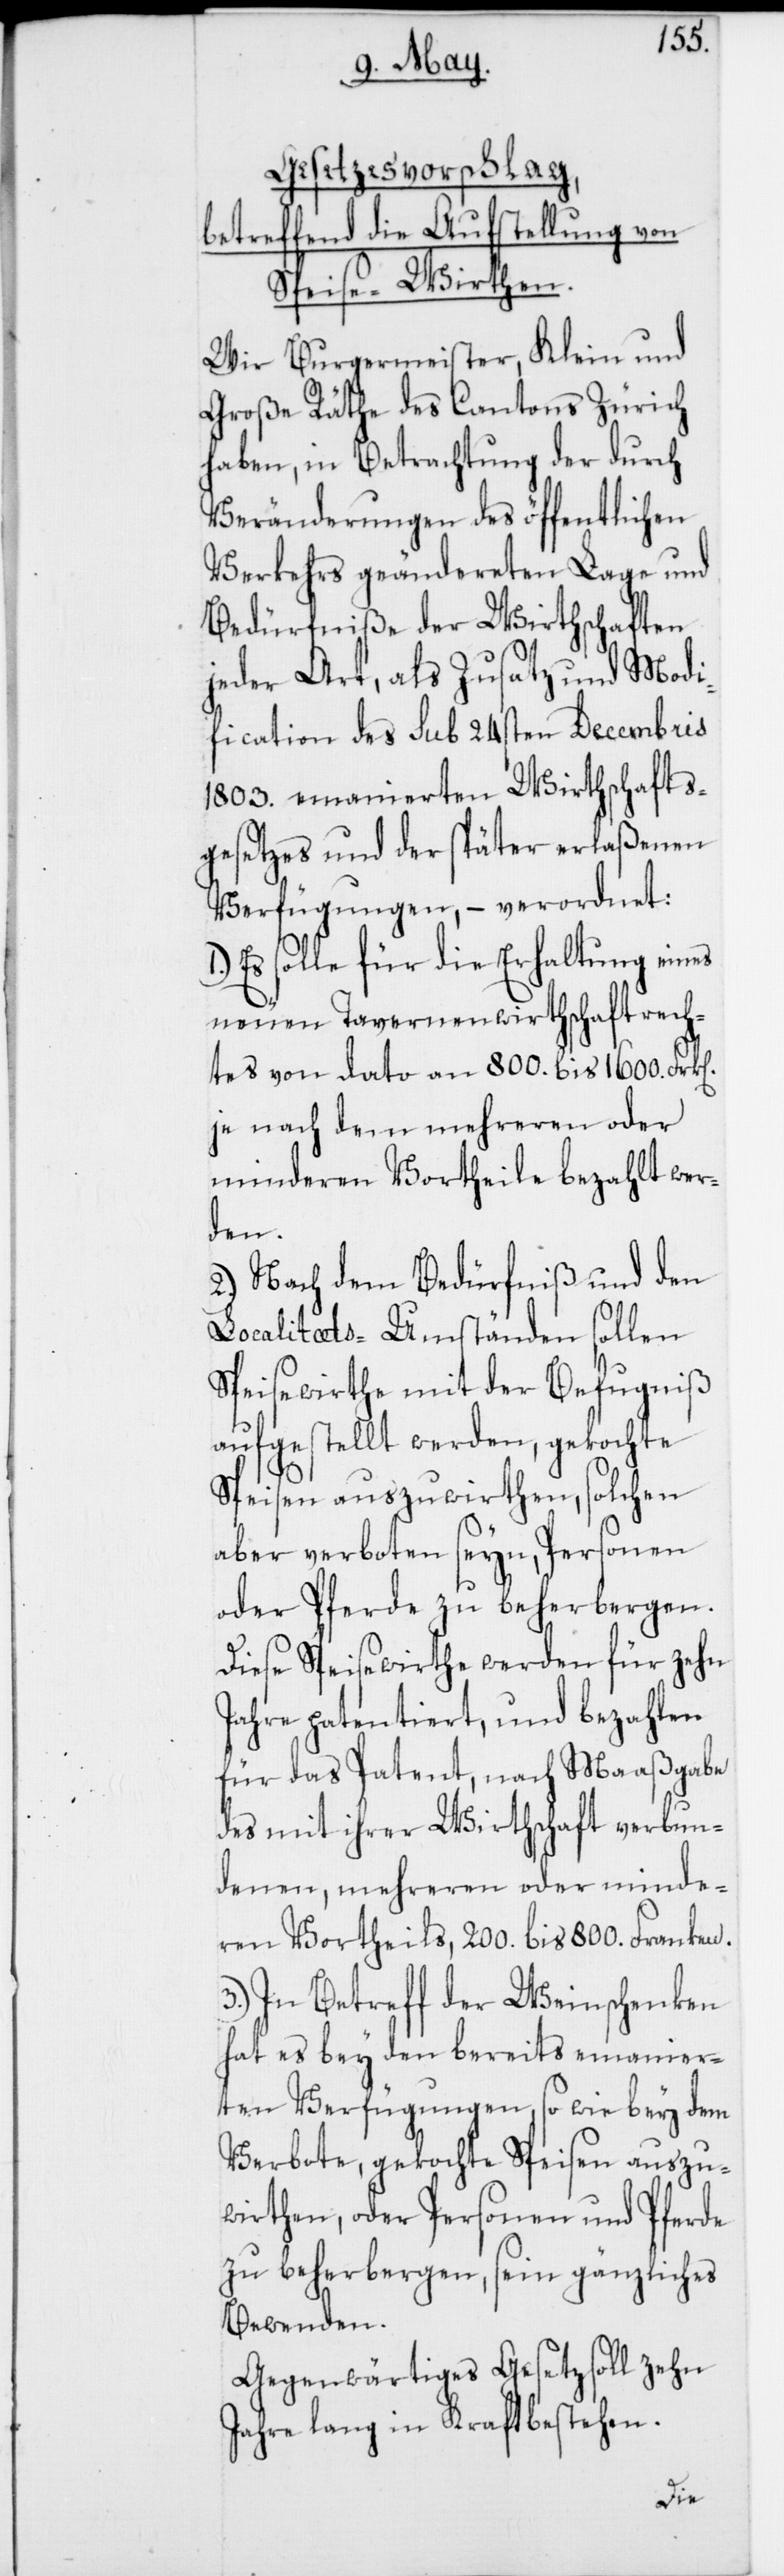
n].
Gesetzesvorschlag,
betreffend die Aufstellung von
Speise-Wirthen.
Wir Burgermeister, Klein und
Große Räthe des Cantons Zürich
haben, in Betrachtung der durch
Veränderungen des öffentlichen
Verkehrs geändereten Lage und
Bedürfniße der Wirthschaften
jeder Art, als Zusatz und Modi¬
fication des sub 24sten Decembris
1803. emanierten Wirthschafts¬
gesetzes und der später erlaßenen
Verfügungen, – verordnet:
1.) Es solle für die Erhaltung eines
neuen Tavernenwirthschaftsrech¬
tes von dato an 800. bis 1600. Frk[e¬
je nach dem mehreren oder
minderen Vortheile bezahlt wer¬
den.
2.) Nach dem Bedürfniß und den
Localitaets-Umständen sollen
Spreisewirthe mit der Befugniß
aufgestellt werden, gekochte
Speisen auszuwirthen, solchen
aber verboten seyn, Personen
oder Pferde zu beherbergen.
Diese Speisewirthe werden für zehn
Jahre patentiert, und bezahlen
für das Patent, nach Maaßgabe
des mit ihrer Wirthschaft verbun¬
denen, mehreren oder minde¬
ren Vortheils, 200. bis 800. Franken.
3.) In Betreff der Weinschenken
hat es bey den bereits emanier¬
ten Verfügungen, so wie bey dem
Verbote, gekochte Speisen auszu¬
wirthen, oder Personen und Pferde
zu beherbergen, sein gänzliches
Bewenden.
Gegenwärtiges Gesetz soll zehn
Jahre lang in Kraft bestehen.